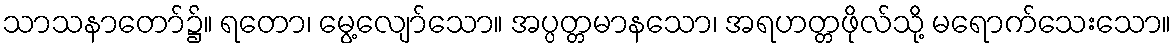
သာသနာတော်၌။ ရတော၊ မွေ့လျော်သော။ အပ္ပတ္တမာနသော၊ အရဟတ္တဖိုလ်သို့ မရောက်သေးသော။